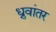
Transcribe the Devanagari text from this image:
ध्रुवांतर